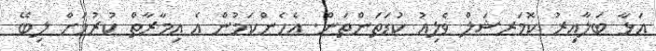
އަޅާ ބަލާއިރު ކޮމަރޝަލް ވެލިއު ކުޑަތަންތަން. އެހެންކަމުން އެ އިމާރާތް ކުރުމަށް ލިބޭ